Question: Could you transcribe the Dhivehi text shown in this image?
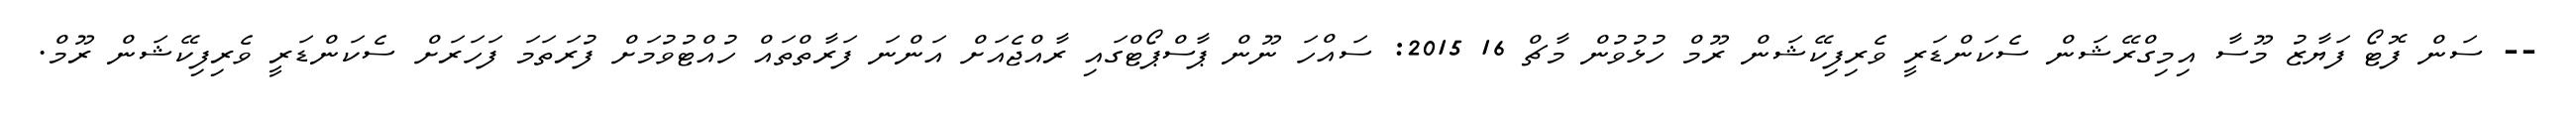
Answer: -- ސަން ފޮޓޯ ފަޔާޒު މޫސާ އިމިގްރޭޝަން ސެކަންޑަރީ ވެރިފިކޭޝަން ރޫމް ހުޅުވުން މާޗް 16 2015: ސައްހަ ނޫން ޕާސްޕޯޓްގައި ރާއްޖެއަށް އަންނަ ފަރާތްތައް ހުއްޓުވުމަށް ފުރަތަމަ ފަހަރަށް ސެކަންޑަރީ ވެރިފިކޭޝަން ރޫމް.